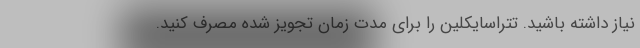
نیاز داشته باشید. تتراسایکلین را برای مدت زمان تجویز شده مصرف کنید.